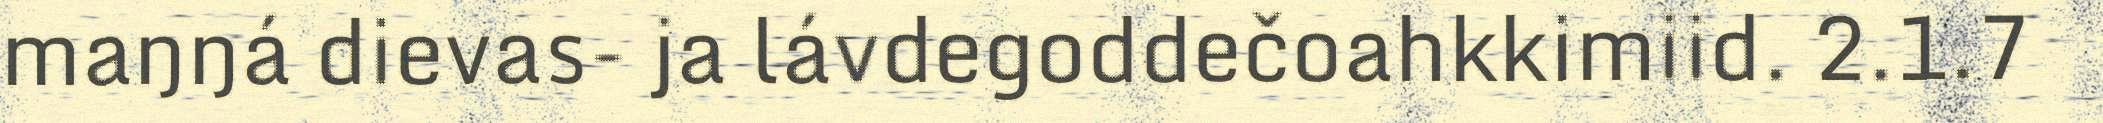
maŋŋá dievas- ja lávdegoddečoahkkimiid. 2.1.7